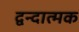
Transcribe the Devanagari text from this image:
द्वन्दात्मक